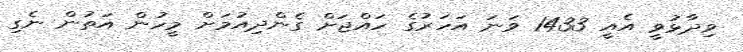
ވިދާޅުވީ އެއީ 1433 ވަނަ އަހަރުގެ ހައްޖަށް ގެންދިއުމަށް މީހުން އަތުން ނެގި